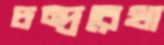
চন্দ্ররেখা